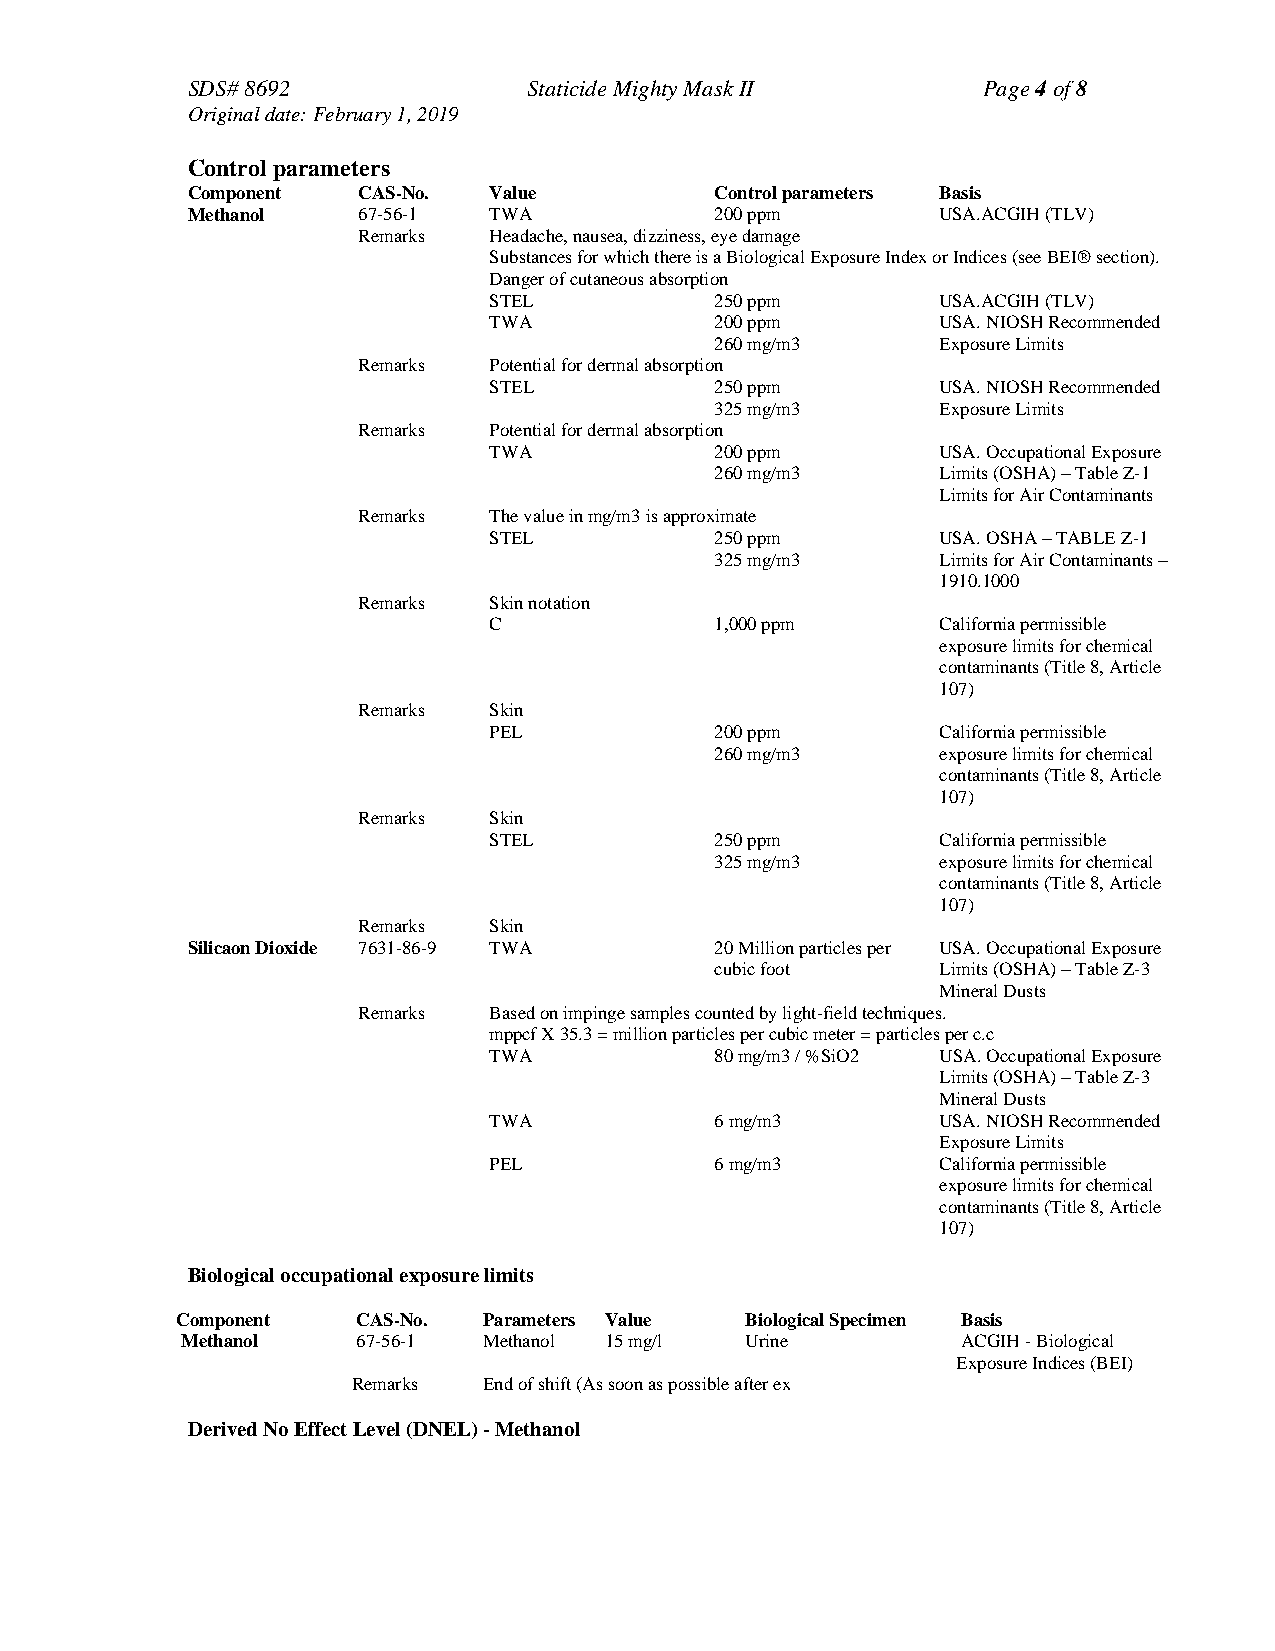
SDS# 8692              Staticide Mighty Mask II      Page 4 of 8
 Original date: February 1, 2019
 Control parameters
 Component   CAS-No. Value          Control parameters Basis
 Methanol    67-56-1 TWA            200 ppm        USA.ACGIH (TLV)
 Remarks Headache, nausea, dizziness, eye damage
 Substances for which there is a Biological Exposure Index or Indices (see BEI® section).
 Danger of cutaneous absorption
 STEL           250 ppm        USA.ACGIH (TLV)
 TWA            200 ppm        USA. NIOSH Recommended
 260 mg/m3      Exposure Limits
 Remarks Potential for dermal absorption
 STEL           250 ppm        USA. NIOSH Recommended
 325 mg/m3      Exposure Limits
 Remarks Potential for dermal absorption
 TWA            200 ppm        USA. Occupational Exposure
 260 mg/m3      Limits (OSHA) – Table Z-1
 Limits for Air Contaminants
 Remarks The value in mg/m3 is approximate
 STEL           250 ppm        USA. OSHA – TABLE Z-1
 325 mg/m3      Limits for Air Contaminants –
 1910.1000
 Remarks Skin notation
 C              1,000 ppm      California permissible
 exposure limits for chemical
 contaminants (Title 8, Article
 107)
 Remarks Skin
 PEL            200 ppm        California permissible
 260 mg/m3      exposure limits for chemical
 contaminants (Title 8, Article
 107)
 Remarks Skin
 STEL           250 ppm        California permissible
 325 mg/m3      exposure limits for chemical
 contaminants (Title 8, Article
 107)
 Remarks Skin
 Silicaon Dioxide 7631-86-9 TWA     20 Million particles per USA. Occupational Exposure
 cubic foot     Limits (OSHA) – Table Z-3
 Mineral Dusts
 Remarks Based on impinge samples counted by light-field techniques.
 mppcf X 35.3 = million particles per cubic meter = particles per c.c
 TWA            80 mg/m3 / %SiO2 USA. Occupational Exposure
 Limits (OSHA) – Table Z-3
 Mineral Dusts
 TWA            6 mg/m3        USA. NIOSH Recommended
 Exposure Limits
 PEL            6 mg/m3        California permissible
 exposure limits for chemical
 contaminants (Title 8, Article
 107)
 Biological occupational exposure limits
 Component   CAS-No. Parameters Value Biological Specimen Basis
 Methanol    67-56-1 Methanol 15 mg/l Urine          ACGIH - Biological
 Exposure Indices (BEI)
 Remarks  End of shift (As soon as possible after ex
 Derived No Effect Level (DNEL) - Methanol